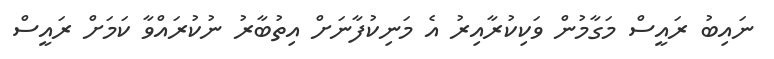
ނައިބު ރައީސް މަގާމުން ވަކިކުރާއިރު އެ މަނިކުފާނަށް އިތުބާރު ނުކުރައްވާ ކަމަށް ރައީސް